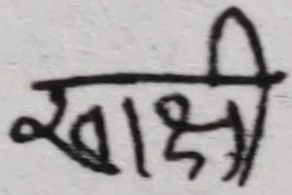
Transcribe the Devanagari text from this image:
खाक्षी